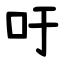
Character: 吁